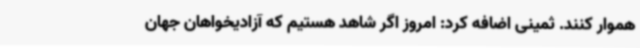
هموار کنند. ثمینی اضافه کرد: امروز اگر شاهد هستیم که آزادیخواهان جهان